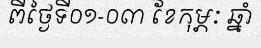
ពីថ្ងៃទី០១-០៣ ខែកុម្ភៈ ឆ្នាំ